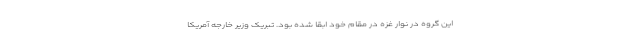
این گروه در نوار غزه در مقام خود ابقا شده بود. تبریک وزیر خارجه آمریکا